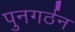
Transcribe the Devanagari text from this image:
पुनगर्ठन